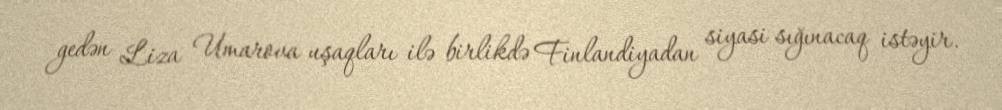
gedən Liza Umarova uşaqları ilə birlikdə Finlandiyadan siyasi sığınacaq istəyir.